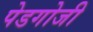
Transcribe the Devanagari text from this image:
पेडगोजी